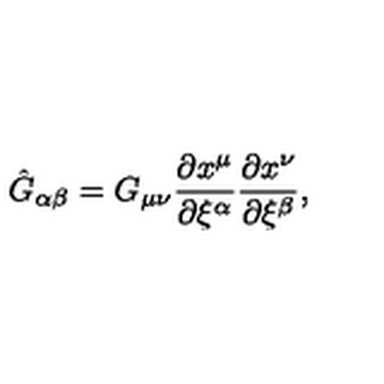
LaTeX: \hat { G } _ { \alpha \beta } = G _ { \mu \nu } { \frac { \partial x ^ { \mu } } { \partial \xi ^ { \alpha } } } { \frac { \partial x ^ { \nu } } { \partial \xi ^ { \beta } } } ,